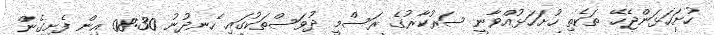
ހުށަހަޅަންޖެހޭ ތަކެތި ހުށަހަޅުއްވާނީ ސަރުކާރުގެ ރަސްމީ ދުވަސްތަކުގައި ހެނދުނު 08:30 އިން ފެށިގެން